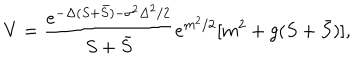
LaTeX: V = \frac { e ^ { - \Delta ( S + \bar { S } ) - \sigma ^ { 2 } \Delta ^ { 2 } / 2 } } { S + \bar { S } } e ^ { m ^ { 2 } / 2 } [ m ^ { 2 } + g ( S + \bar { S } ) ] ,